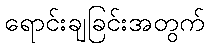
ရောင်းချခြင်းအတွက်